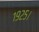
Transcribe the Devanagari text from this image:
१९२५।